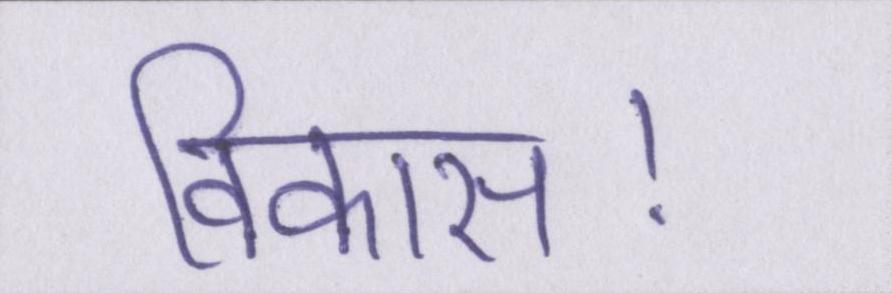
विकास।